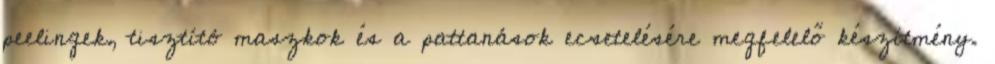
peelingek, tisztító maszkok és a pattanások ecsetelésére megfelelő készítmény.